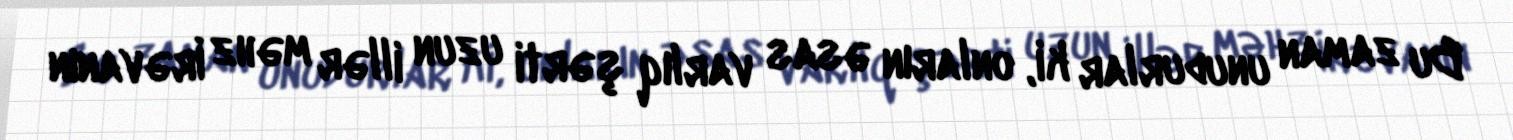
Bu zaman unudurlar ki, onların əsas varlıq şərti uzun illər məhz İrəvanın